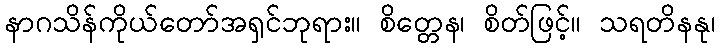
နာဂသိန်ကိုယ်တော်အရှင်ဘုရား။ စိတ္တေန၊ စိတ်ဖြင့်။ သရတိနနု၊